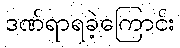
ဒဏ်ရာရခဲ့ကြောင်း